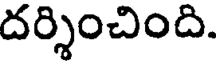
దర్శించింది.